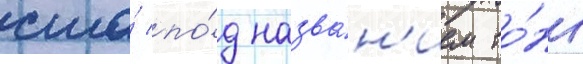
сша́ по́д назва́н'ием то́нг